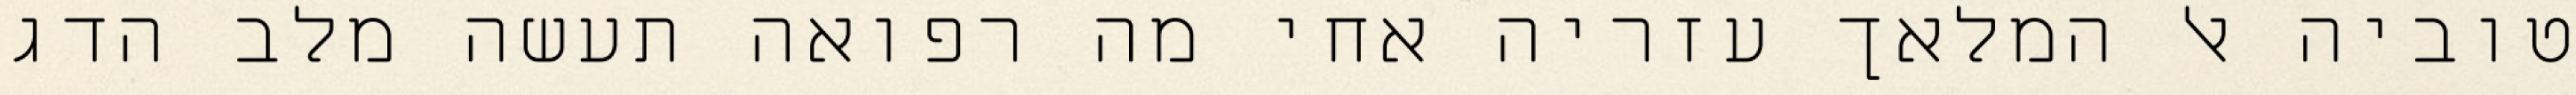
טוביה אל המלאך עזריה אחי מה רפואה תעשה מלב הדג